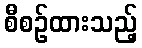
စီစဉ်ထားသည့်